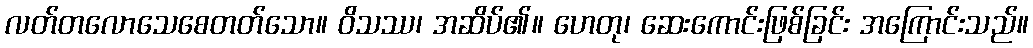
လတ်တလောသေစေတတ်သော။ ဝိသဿ၊ အဆိပ်၏။ ဟေတု၊ ဆေးကောင်းဖြစ်ခြင်း အကြောင်းသည်။